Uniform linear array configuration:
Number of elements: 16
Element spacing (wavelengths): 1
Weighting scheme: cosine
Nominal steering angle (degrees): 60
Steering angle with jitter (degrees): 58.621
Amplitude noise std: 0.05
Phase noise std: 0.05

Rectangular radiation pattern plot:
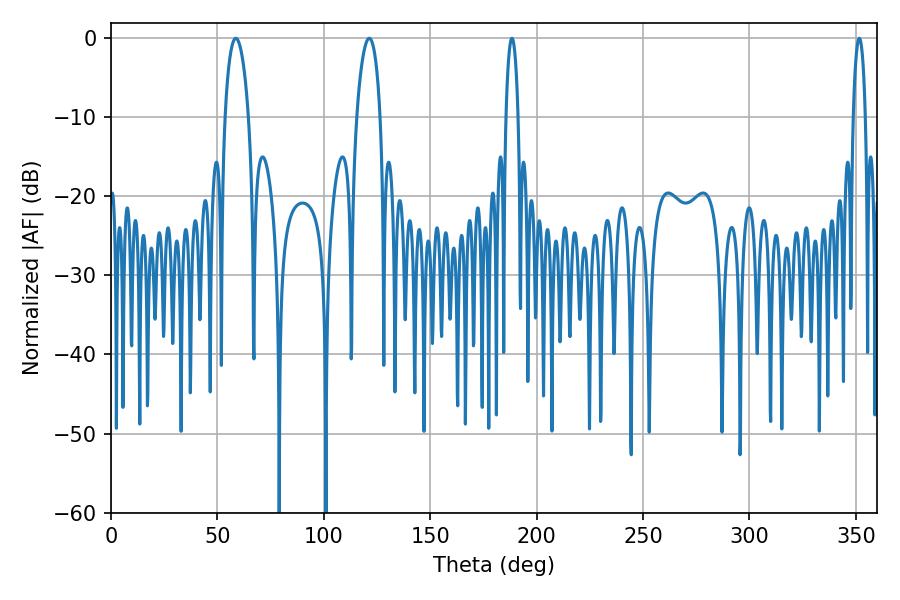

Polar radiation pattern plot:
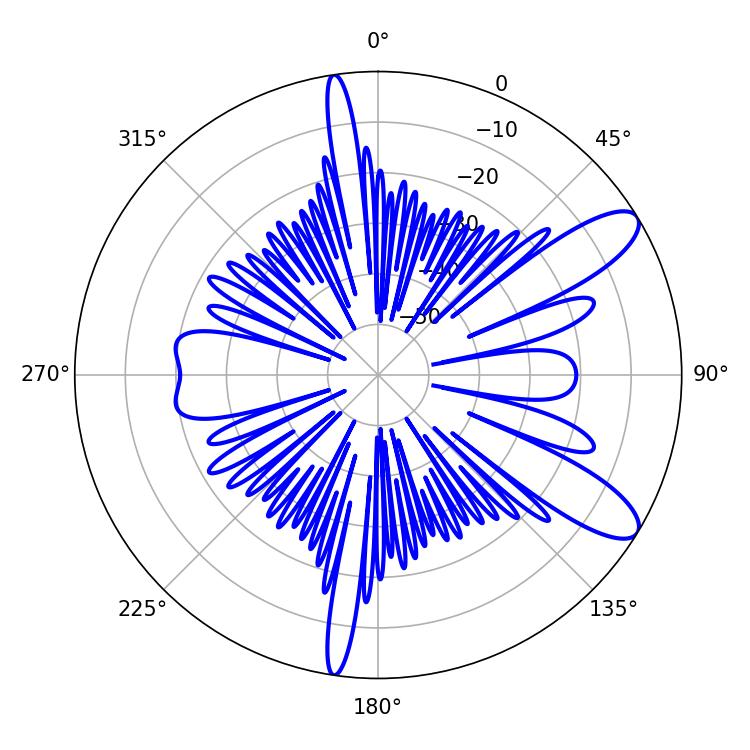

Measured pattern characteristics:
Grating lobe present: TRUE
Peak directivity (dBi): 10.382
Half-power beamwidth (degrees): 6.3
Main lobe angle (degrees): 58.68